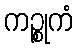
ကဉ္စုကံ